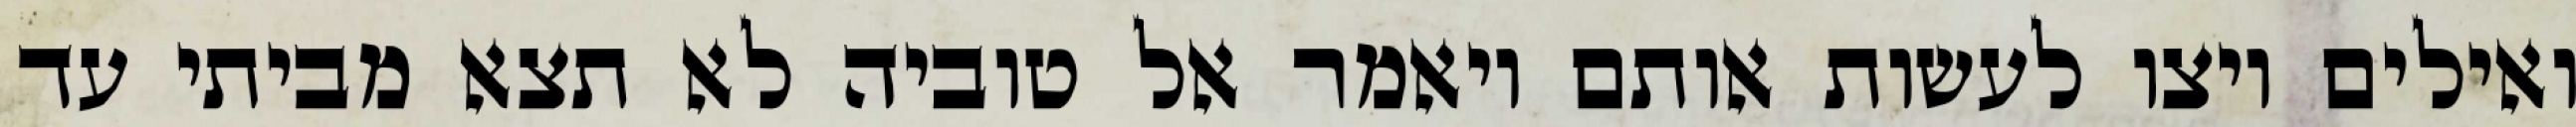
ואילים ויצו לעשות אותם ויאמר אל טוביה לא תצא מביתי עד